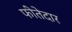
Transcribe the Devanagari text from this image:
फीतेदार